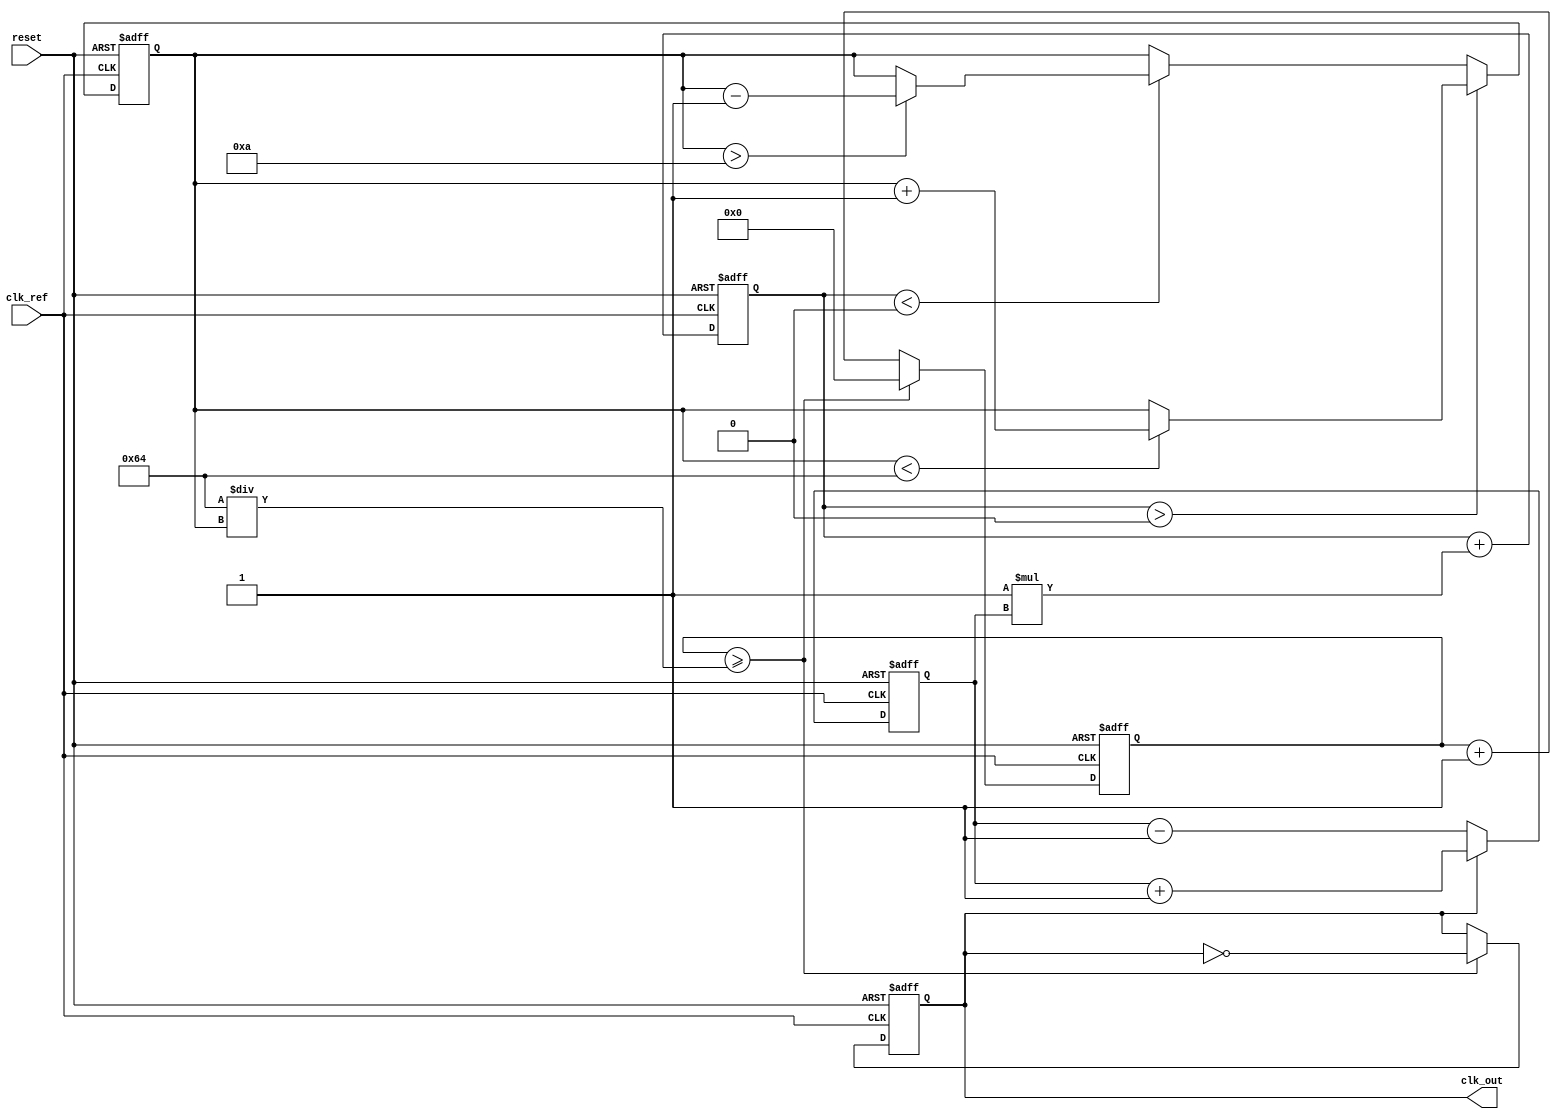
module pll (
    input wire clk_ref,         // Reference clock input
    input wire reset,           // Reset signal
    output reg clk_out          // Output clock
);

    // Parameters
    parameter integer VCO_MAX_FREQ = 100; // Maximum frequency of VCO
    parameter integer VCO_MIN_FREQ = 10;   // Minimum frequency of VCO
    parameter integer VCO_STEP = 1;         // Frequency step for VCO
    parameter integer LPF_ALPHA = 1;        // Low-pass filter coefficient

    // Internal signals
    reg [7:0] phase_error;       // Phase error signal
    reg [7:0] control_voltage;    // Control voltage for VCO
    reg [7:0] vco_freq;           // Current frequency of VCO
    reg [31:0] counter;           // Counter for generating output clock

    // Phase Detector (PD)
    always @(posedge clk_ref or posedge reset) begin
        if (reset) begin
            phase_error <= 0;
        end else begin
            // Simple phase detector logic
            // Here we assume clk_out is sampled to determine phase error
            if (clk_out) begin
                phase_error <= phase_error + 1; // Lagging
            end else begin
                phase_error <= phase_error - 1; // Leading
            end
        end
    end

    // Low-Pass Filter (LPF)
    always @(posedge clk_ref or posedge reset) begin
        if (reset) begin
            control_voltage <= 0;
        end else begin
            // Simple LPF implementation
            control_voltage <= control_voltage + (LPF_ALPHA * phase_error);
        end
    end

    // Voltage-Controlled Oscillator (VCO)
    always @(posedge clk_ref or posedge reset) begin
        if (reset) begin
            vco_freq <= VCO_MIN_FREQ; // Start at minimum frequency
            clk_out <= 0;
            counter <= 0;
        end else begin
            // Adjust VCO frequency based on control voltage
            if (control_voltage > 0) begin
                if (vco_freq < VCO_MAX_FREQ) begin
                    vco_freq <= vco_freq + VCO_STEP; // Increase frequency
                end
            end else if (control_voltage < 0) begin
                if (vco_freq > VCO_MIN_FREQ) begin
                    vco_freq <= vco_freq - VCO_STEP; // Decrease frequency
                end
            end
            
            // Generate output clock based on VCO frequency
            counter <= counter + 1;
            if (counter >= (100 / vco_freq)) begin // Adjust counter threshold based on VCO frequency
                clk_out <= ~clk_out; // Toggle output clock
                counter <= 0;
            end
        end
    end

endmodule